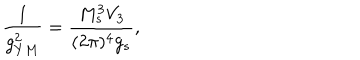
LaTeX: \frac { 1 } { g _ { Y M } ^ { 2 } } = \frac { M _ { s } ^ { 3 } V _ { 3 } } { ( 2 \pi ) ^ { 4 } g _ { s } } ,